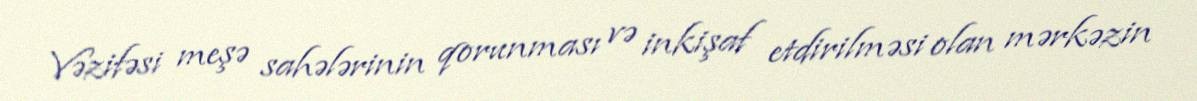
Vəzifəsi meşə sahələrinin qorunması və inkişaf etdirilməsi olan mərkəzin